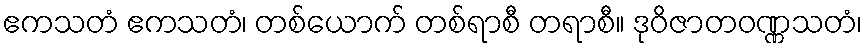
ဧကသတံ ဧကသတံ၊ တစ်ယောက် တစ်ရာစီ တရာစီ။ ဒုဝိဇာတဝဏ္ဏသတံ၊